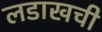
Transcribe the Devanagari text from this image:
लडाखची